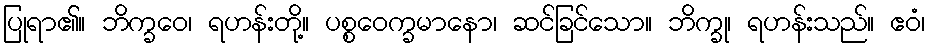
ပြုရာ၏။ ဘိက္ခဝေ၊ ရဟန်းတို့။ ပစ္စဝေက္ခမာနော၊ ဆင်ခြင်သော။ ဘိက္ခု၊ ရဟန်းသည်။ ဧဝံ၊